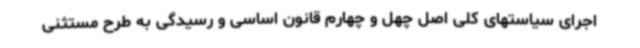
اجرای سیاستهای کلی اصل چهل و چهارم قانون اساسی و رسیدگی به طرح مستثنی